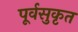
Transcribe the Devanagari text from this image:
पूर्वसुकृत